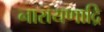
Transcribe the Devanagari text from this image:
नारायणाद्रि